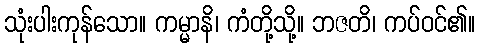
သုံးပါးကုန်သော။ ကမ္မာနိ၊ ကံတို့သို့။ ဘဇတိ၊ ကပ်ဝင်၏။